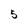
Character: 5